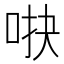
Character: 𱒫